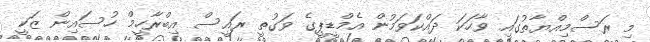
މި ރަސްމިއްޔާތުގައި ވާހަކަ ދައްކަވަމުން އެމްޑީޕީގެ ވަގުތީ ރައީސް އިބްރާހީމް ހުސައިން ޒަކީ